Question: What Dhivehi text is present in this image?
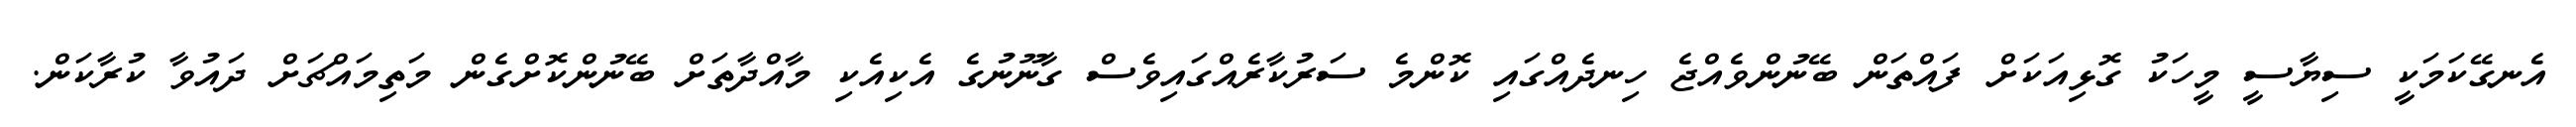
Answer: އެނގޭކަމަކީ ސިޔާސީ މީހަކު ގޮޅިއަކަށް ފައްތަން ބޭނުންވެއްޖެ ހިނދެއްގައި ކޮންމެ ސަރުކާރެއްގައިވެސް ގާނޫނުގެ އެކިއެކި މާއްދާތަށް ބޭނުންކޮށްގެން މަތިމައްޗަށް ދައުވާ ކުރާކަން.